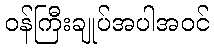
ဝန်ကြီးချုပ်အပါအဝင်